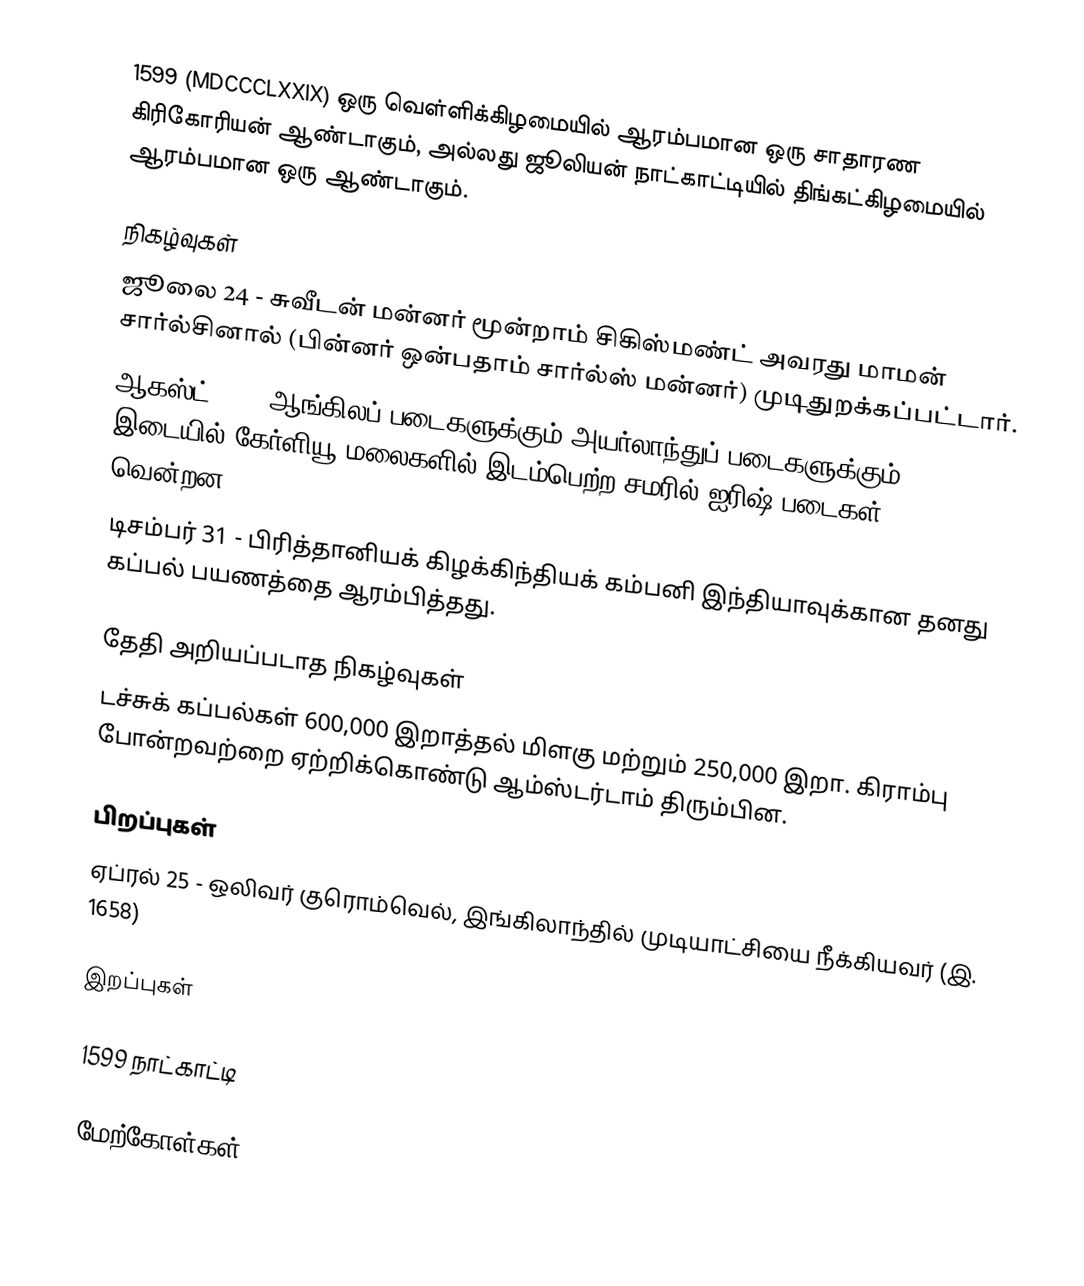
1599 (MDCCCLXXIX) ஒரு வெள்ளிக்கிழமையில் ஆரம்பமான ஒரு சாதாரண கிரிகோரியன் ஆண்டாகும், அல்லது ஜூலியன் நாட்காட்டியில் திங்கட்கிழமையில் ஆரம்பமான ஒரு ஆண்டாகும்.

நிகழ்வுகள்
 ஜூலை 24 - சுவீடன் மன்னர் மூன்றாம் சிகிஸ்மண்ட் அவரது மாமன் சார்ல்சினால் (பின்னர் ஒன்பதாம் சார்ல்ஸ் மன்னர்) முடிதுறக்கப்பட்டார்.
 ஆகஸ்ட் 15 - ஆங்கிலப் படைகளுக்கும் அயர்லாந்துப் படைகளுக்கும் இடையில் கேர்ளியூ மலைகளில் இடம்பெற்ற சமரில் ஐரிஷ் படைகள் வென்றன.
 டிசம்பர் 31 - பிரித்தானியக் கிழக்கிந்தியக் கம்பனி இந்தியாவுக்கான தனது கப்பல் பயணத்தை ஆரம்பித்தது.

தேதி அறியப்படாத நிகழ்வுகள்
 டச்சுக் கப்பல்கள் 600,000 இறாத்தல் மிளகு மற்றும் 250,000 இறா. கிராம்பு போன்றவற்றை ஏற்றிக்கொண்டு ஆம்ஸ்டர்டாம் திரும்பின.

பிறப்புகள்
 ஏப்ரல் 25 - ஒலிவர் குரொம்வெல், இங்கிலாந்தில் முடியாட்சியை நீக்கியவர் (இ. 1658)

இறப்புகள்

1599 நாட்காட்டி

மேற்கோள்கள்